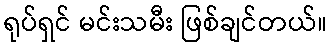
ရုပ်ရှင် မင်းသမီး ဖြစ်ချင်တယ်။